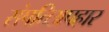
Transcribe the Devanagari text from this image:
संपतिअपहार